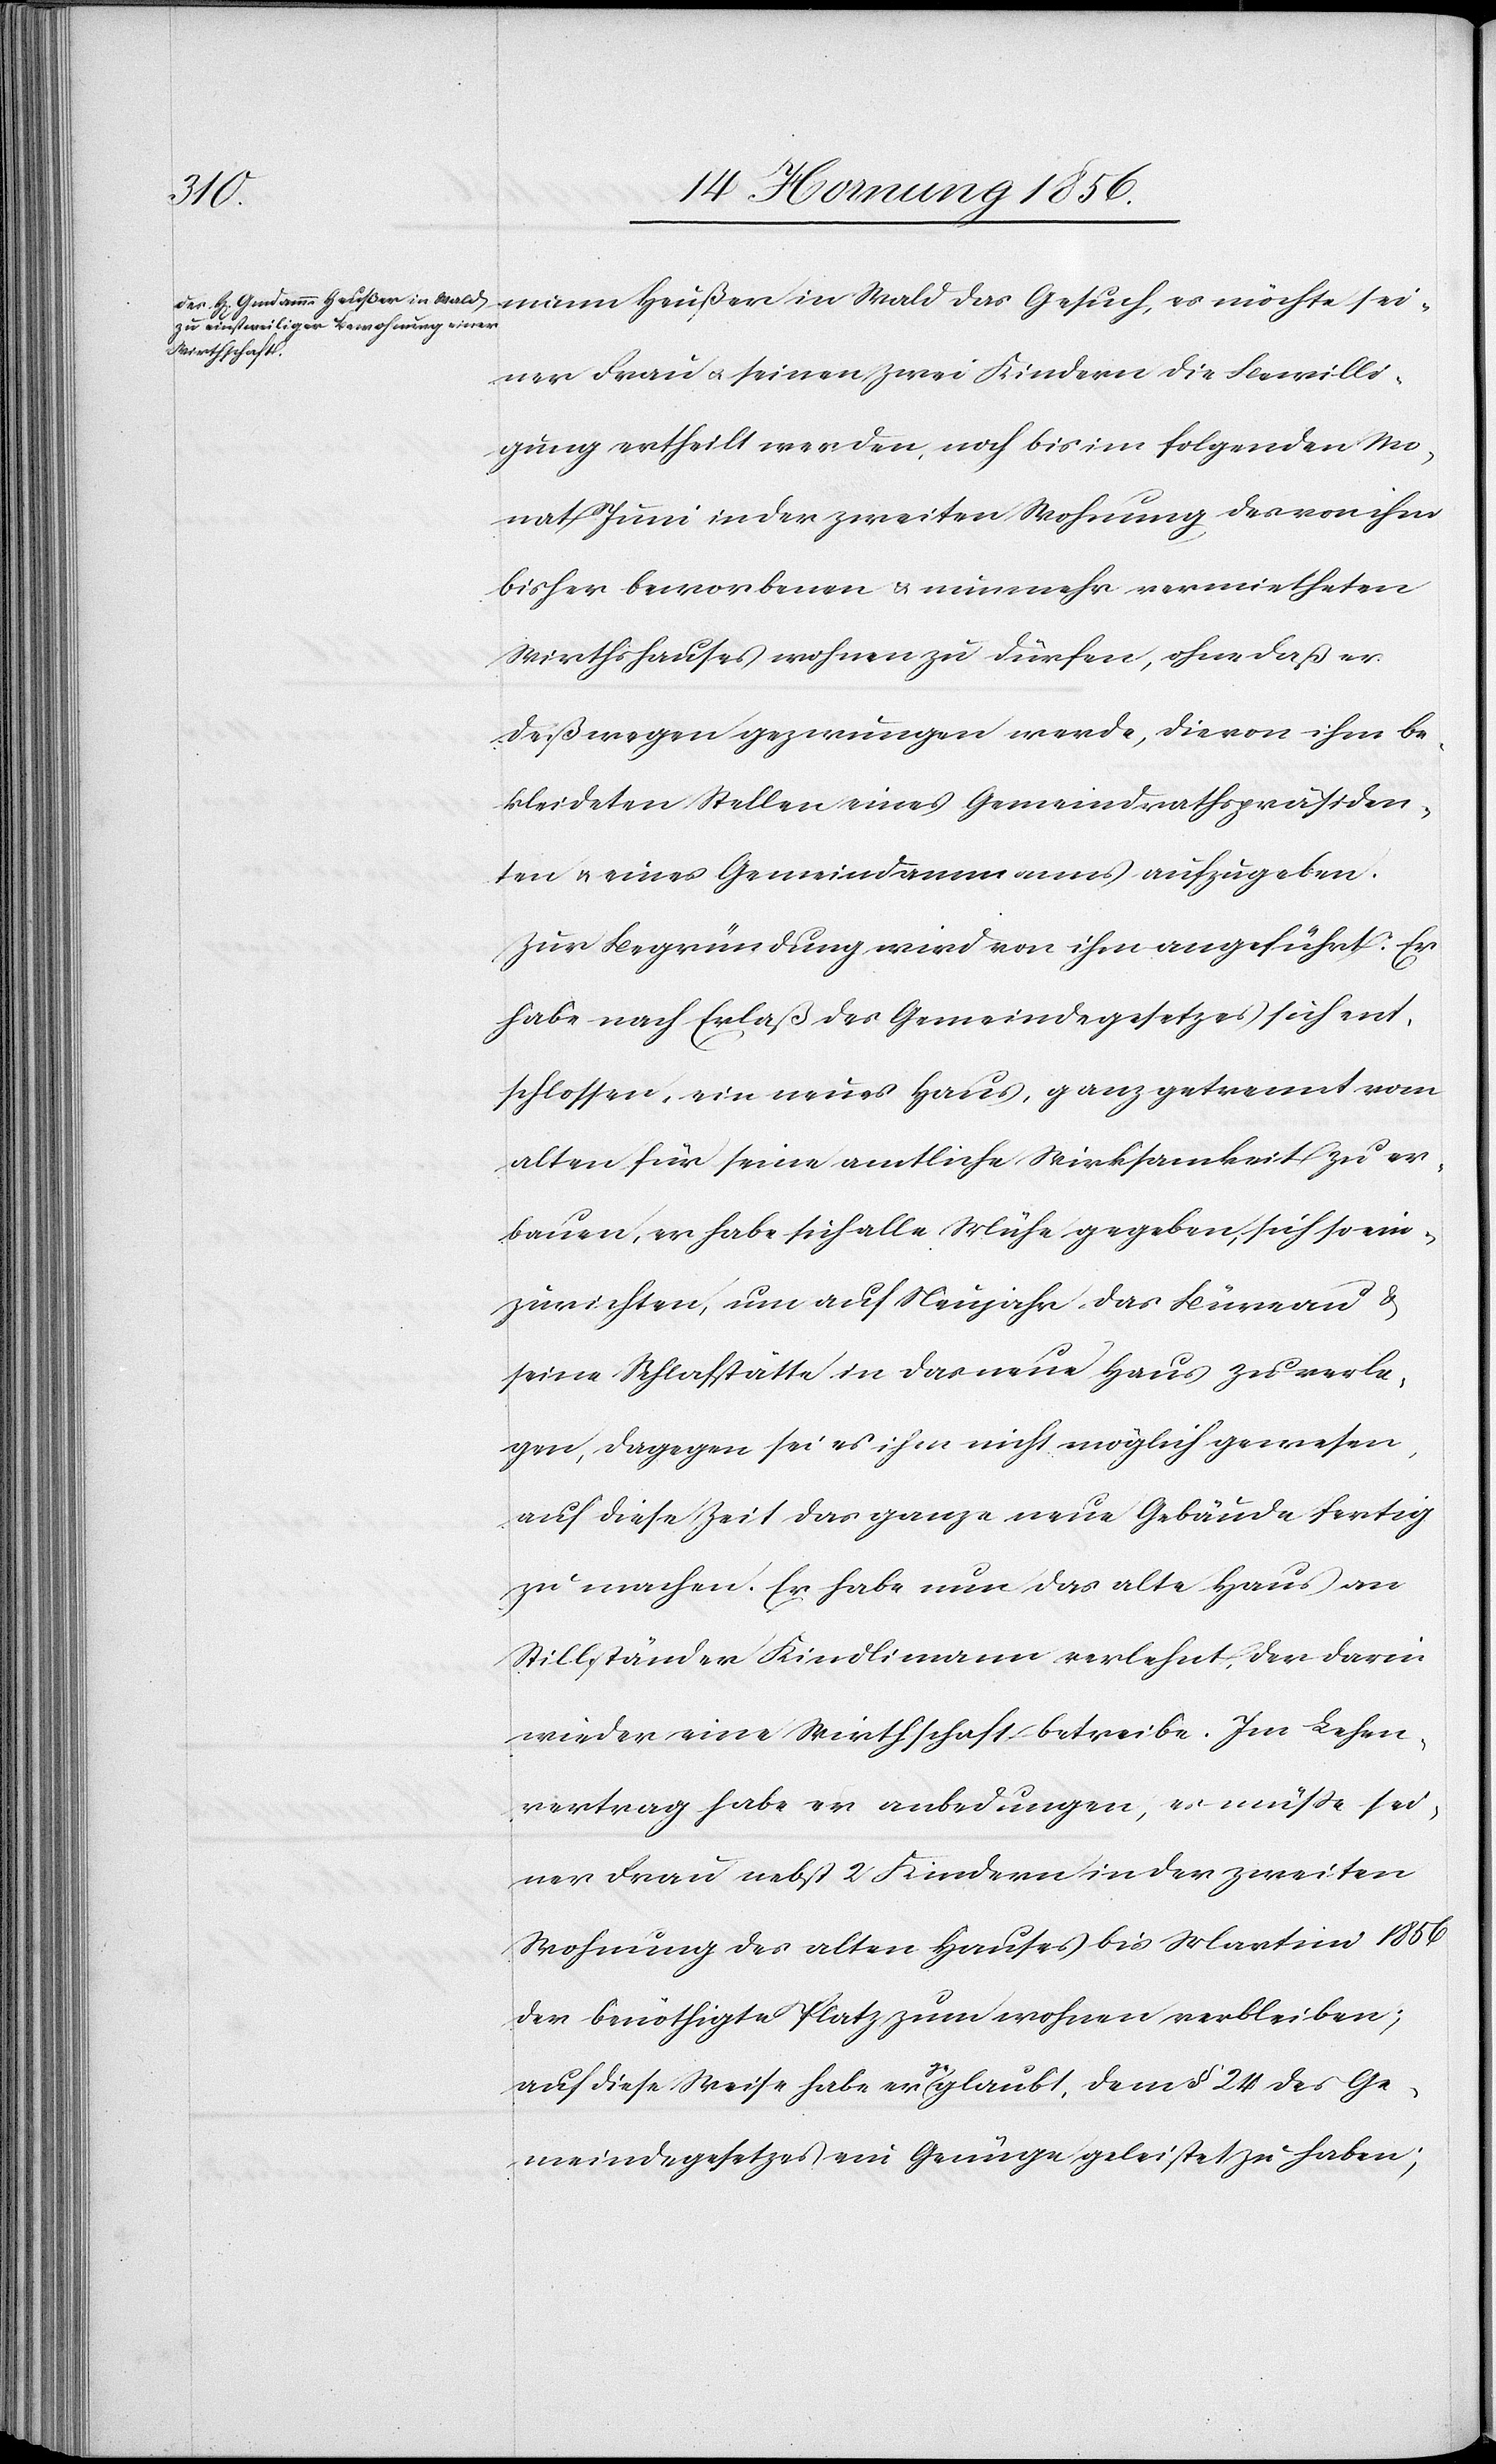
mann Heußer in Wald das Gesuch, es möchte sei¬
ner Frau u. seinen zwei Kindern die Bewilli¬
gung ertheilt werden, noch bis im folgenden Mo¬
nat Juni in der zweiten Wohnung des von ihm
bisher beworbenen u. nunmehr vermietheten
Wirthshauses wohnen zu dürfen, ohne daß er
deßwegen gezwungen werde, die von ihm be¬
kleideten Stellen eines Gemeindrathspräsiden¬
ten u. eines Gemeindammanns aufzugeben.
Zur Begründung wird von ihm angeführt: Er
habe nach Erlaß des Gemeindegesetzes sich ent¬
schlossen, ein neues Haus, ganz getrennt vom
alten für seine amtliche Wirksamkeit zu er¬
bauen, er habe sich alle Mühe gegeben, sich so ein¬
zurichten, um auf Neujahr das Büreau &
seine Schlafstätte in das neue Haus zu verle¬
gen, dagegen sei es ihm nicht möglich gewesen,
auf diese Zeit das ganze neue Gebäude fertig
zu machen. Er habe nun das alte Haus an
Stillständer Kindlimann verlehnt, der darin
wieder eine Wirthschaft betreibe. Im Lehen¬
vertrag habe er anbedungen, es müße sei¬
ner Frau nebst 2 Kindern in der zweiten
Wohnung des alten Hauses bis Martini 1856
der benöthigte Platz zum wohnen verbleiben;
auf diese Weise habe er a-ge-a glaubt, dem § 24 des Ge¬
meindegesetzes ein Genüge geleistet zu haben;